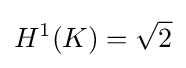
H^{1}(K)={\sqrt {2}}